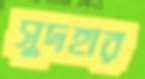
সুদহার